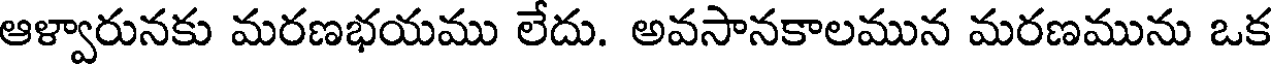
ఆళ్వారునకు మరణభయము లేదు. అవసానకాలమున మరణమును ఒక